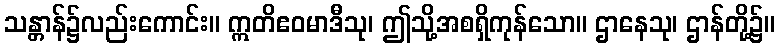
သန္တာန်၌လည်းကောင်း။ ဣတိဧဝမာဒီသု၊ ဤသို့အစရှိကုန်သော။ ဌာနေသု၊ ဌာန်တို့၌။